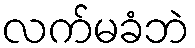
လက်မခံဘဲ